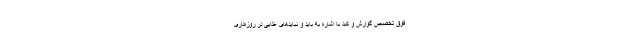
فوق تخصص گوارش و کبد با اشاره به باید و نبایدهای غذایی در روزه‌داری